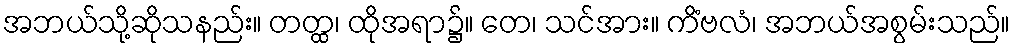
အဘယ်သို့ဆိုသနည်း။ တတ္ထ၊ ထိုအရာ၌။ တေ၊ သင်အား။ ကိံဗလံ၊ အဘယ်အစွမ်းသည်။